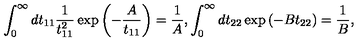
\int _ { 0 } ^ { \infty } d t _ { 1 1 } \frac { 1 } { t _ { 1 1 } ^ { 2 } } \exp \left( - \frac { A } { t _ { 1 1 } } \right) = \frac { 1 } { A } , \int _ { 0 } ^ { \infty } d t _ { 2 2 } \exp \left( - B t _ { 2 2 } \right) = \frac { 1 } { B } ,